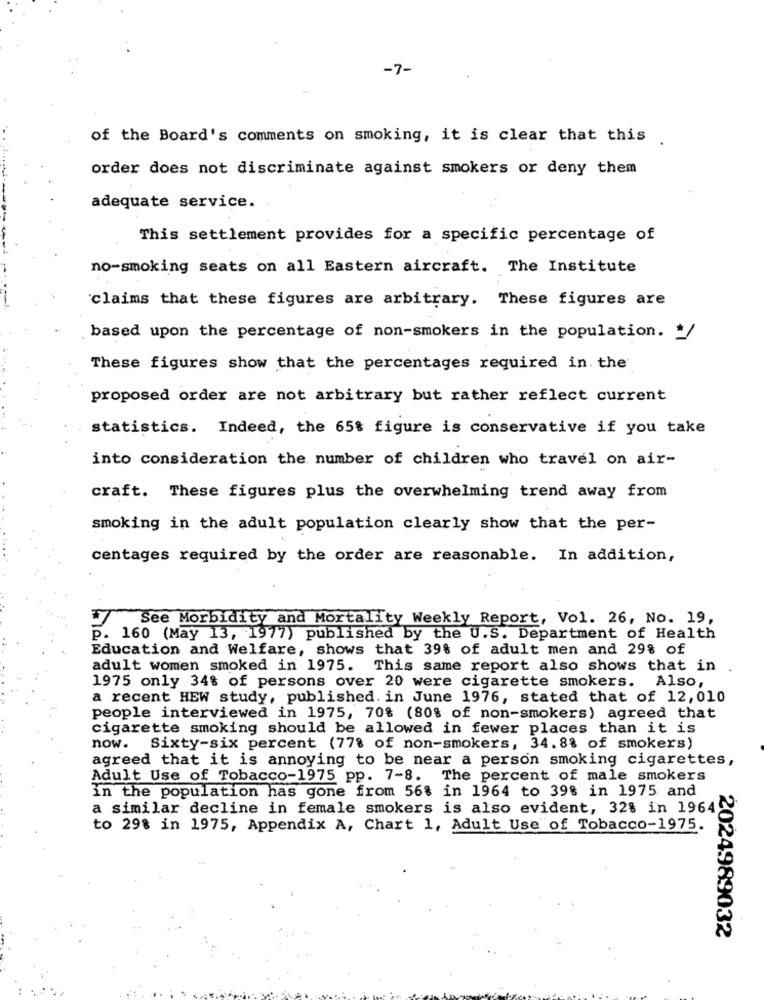
-7-
of the Board's comments on smoking, it is clear that this.
order does not discriminate against smokers or deny them
adequate service.
This settlement provides for a specific percentage of
no-smoking seats on all Eastern aircraft. The Institute
claims that these figures are arbitrary. These figures are
based upon the percentage of non-smokers in the population. /
These figures show that the percentages required in. the
proposed order are not arbitrary but rather reflect current
statistics. Indeed, the 65% figure is conservative if you take
into consideration the number of children who travel on air-
craft. These figures plus the overwhelming trend away from
smoking in the adult population clearly show that the per-
centages required by the order are reasonable. In addition,
See Morbidity and Mortality Weekly Report, Vol. 26, No. 19,
p. 160 (May 13, 1977) published by the U.S. Department of Health
Education and Welfare, shows that 39% of adult men and 29% of
adult women smoked in 1975. This same report also shows that in
1975 only 34% of persons over 20 were cigarette smokers. Also,
a recent HEW study, published. in June 1976, stated that of 12,010
people interviewed in 1975, 70% (80% of non-smokers) agreed that
cigarette smoking should be allowed in fewer places than it is
now. Sixty-six percent (77% of non-smokers, 34.8% of smokers)
agreed that it is annoying to be near a person smoking cigarettes,
Adult Use of Tobacco-1975 pp. 7-8. The percent of male smokers
in the population has gone from 56% in 1964 to 39% in 1975 and
a similar decline in female smokers is also evident, 32% in 1964
to 298 in 1975, Appendix A, Chart 1, Adult Use of Tobacco-1975.
2024989032